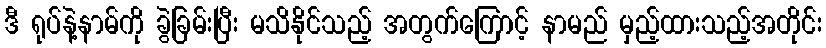
ဒီ ရုပ်နဲ့နာမ်ကို ခွဲခြမ်းပြီး မသိနိုင်သည့် အတွက်ကြောင့် နာမည် မှည့်ထားသည့်အတိုင်း